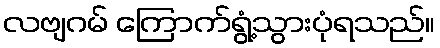
လဗျဂမ် ကြောက်ရွံ့သွားပုံရသည်။